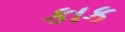
કાક